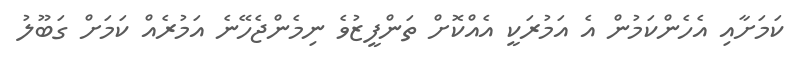
ކަމަށާއި އެހެންކަމުން އެ އަމުރަކީ އެއްކޮށް ތަންފީޒުވެ ނިމެންޖެހޭނެ އަމުރެއް ކަމަށް ގަބޫލު